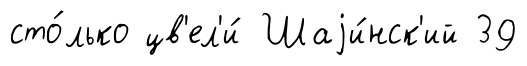
сто́лько цв'ел'и́ Шаjи́нск'ий 39